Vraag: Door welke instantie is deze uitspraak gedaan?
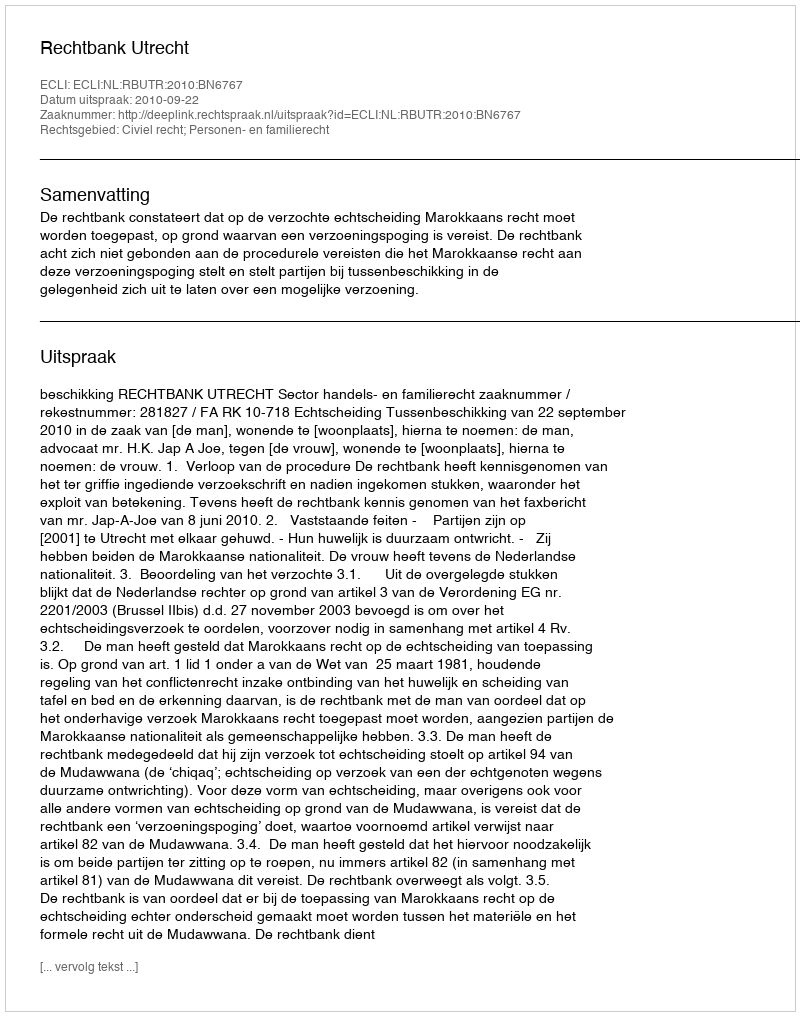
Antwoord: Rechtbank Utrecht